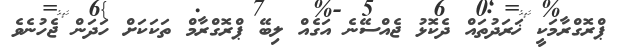
ޕްރޮގްރާމަކީ ޚަރަދުތައް ދެކޮޅު ޖެއްސޭނެ އަގެއް ލިބޭ ޕްރޮގްރާމް ތަކަކަށް ހަދަން ޖެހުނެވެ